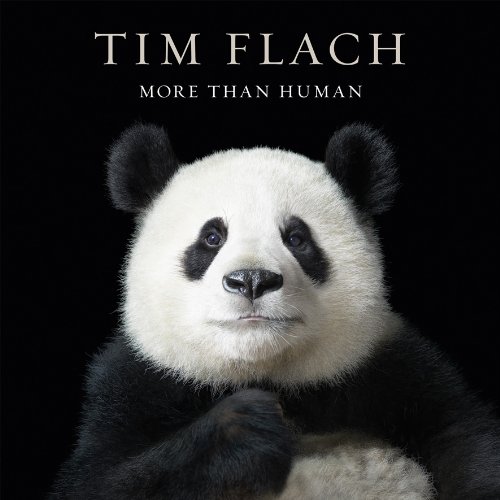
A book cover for More than Human; Lewis Blackwell; Arts & Photography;